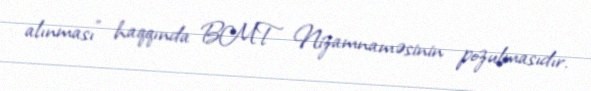
alınması” haqqında BMT Nizamnaməsinin pozulmasıdır.